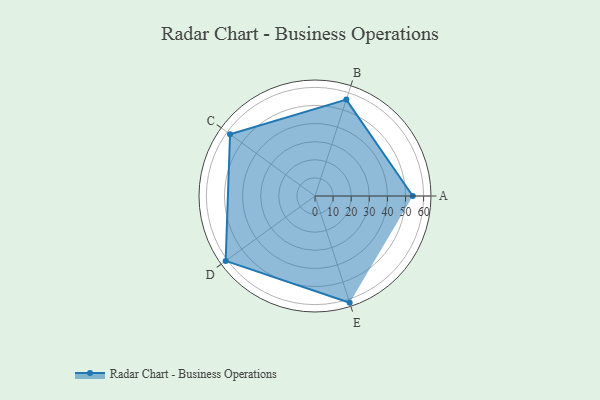
{"axis": {"x": "Skill", "y": "Score"}, "legend": ["Profile"], "data": [{"x": "A", "y": 54.0, "type": "Profile"}, {"x": "B", "y": 56.0, "type": "Profile"}, {"x": "C", "y": 58.0, "type": "Profile"}, {"x": "D", "y": 61.0, "type": "Profile"}, {"x": "E", "y": 62.0, "type": "Profile"}]}